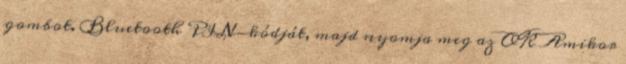
gombot. Bluetooth PIN-kódját, majd nyomja meg az OK Amikor